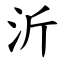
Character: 沂